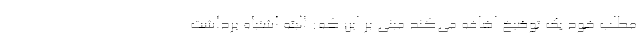
مطلب خود یک توضیخ اضافه می‌کند مبنی بر این که: البته اشتباه برداشت